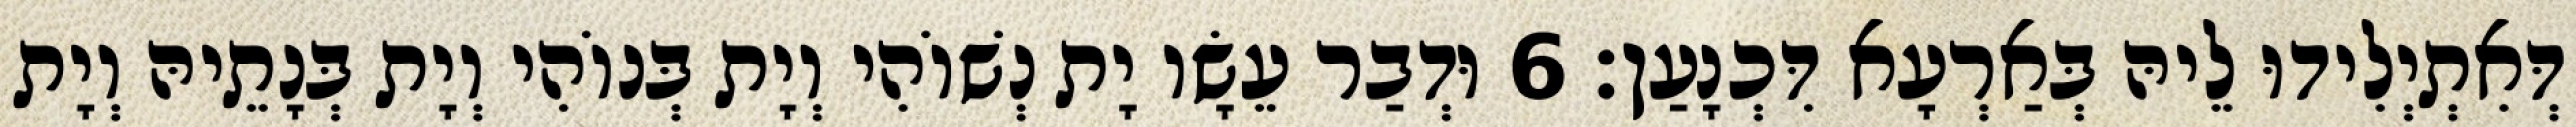
דְּאִתְיְלִידוּ לֵיהּ בְּאַרְעָא דִּכְנָעַן׃ 6 וּדְבַר עֵשָׂו יָת נְשׁוֹהִי וְיָת בְּנוֹהִי וְיָת בְּנָתֵיהּ וְיָת